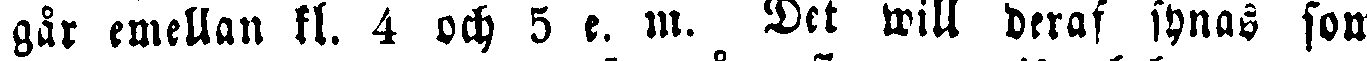
går emellan kl. 4 och 5 e. m. Det will deras synas som